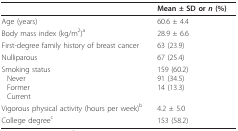
<table><thead><tr><td></td><td><b>Mean ± SD or <i>n </i>(%)</b></td></tr></thead><tbody><tr><td>Age (years)</td><td>60.6 ± 4.4</td></tr><tr><td>Body mass index (kg/m<sup>2</sup>)<sup>a</sup></td><td>28.9 ± 6.6</td></tr><tr><td>First-degree family history of breast cancer</td><td>63 (23.9)</td></tr><tr><td>Nulliparous</td><td>67 (25.4)</td></tr><tr><td>Smoking statusNeverFormerCurrent</td><td>159 (60.2)91 (34.5)14 (13.3)</td></tr><tr><td>Vigorous physical activity (hours per week)<sup>b</sup></td><td>4.2 ± 5.0</td></tr><tr><td>College degree<sup>c</sup></td><td>153 (58.2)</td></tr></tbody></table>